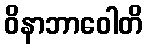
ဝိနာဘာဝေါတိ